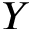
Y